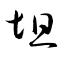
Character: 坥